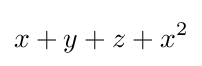
x+y+z+x^{2}